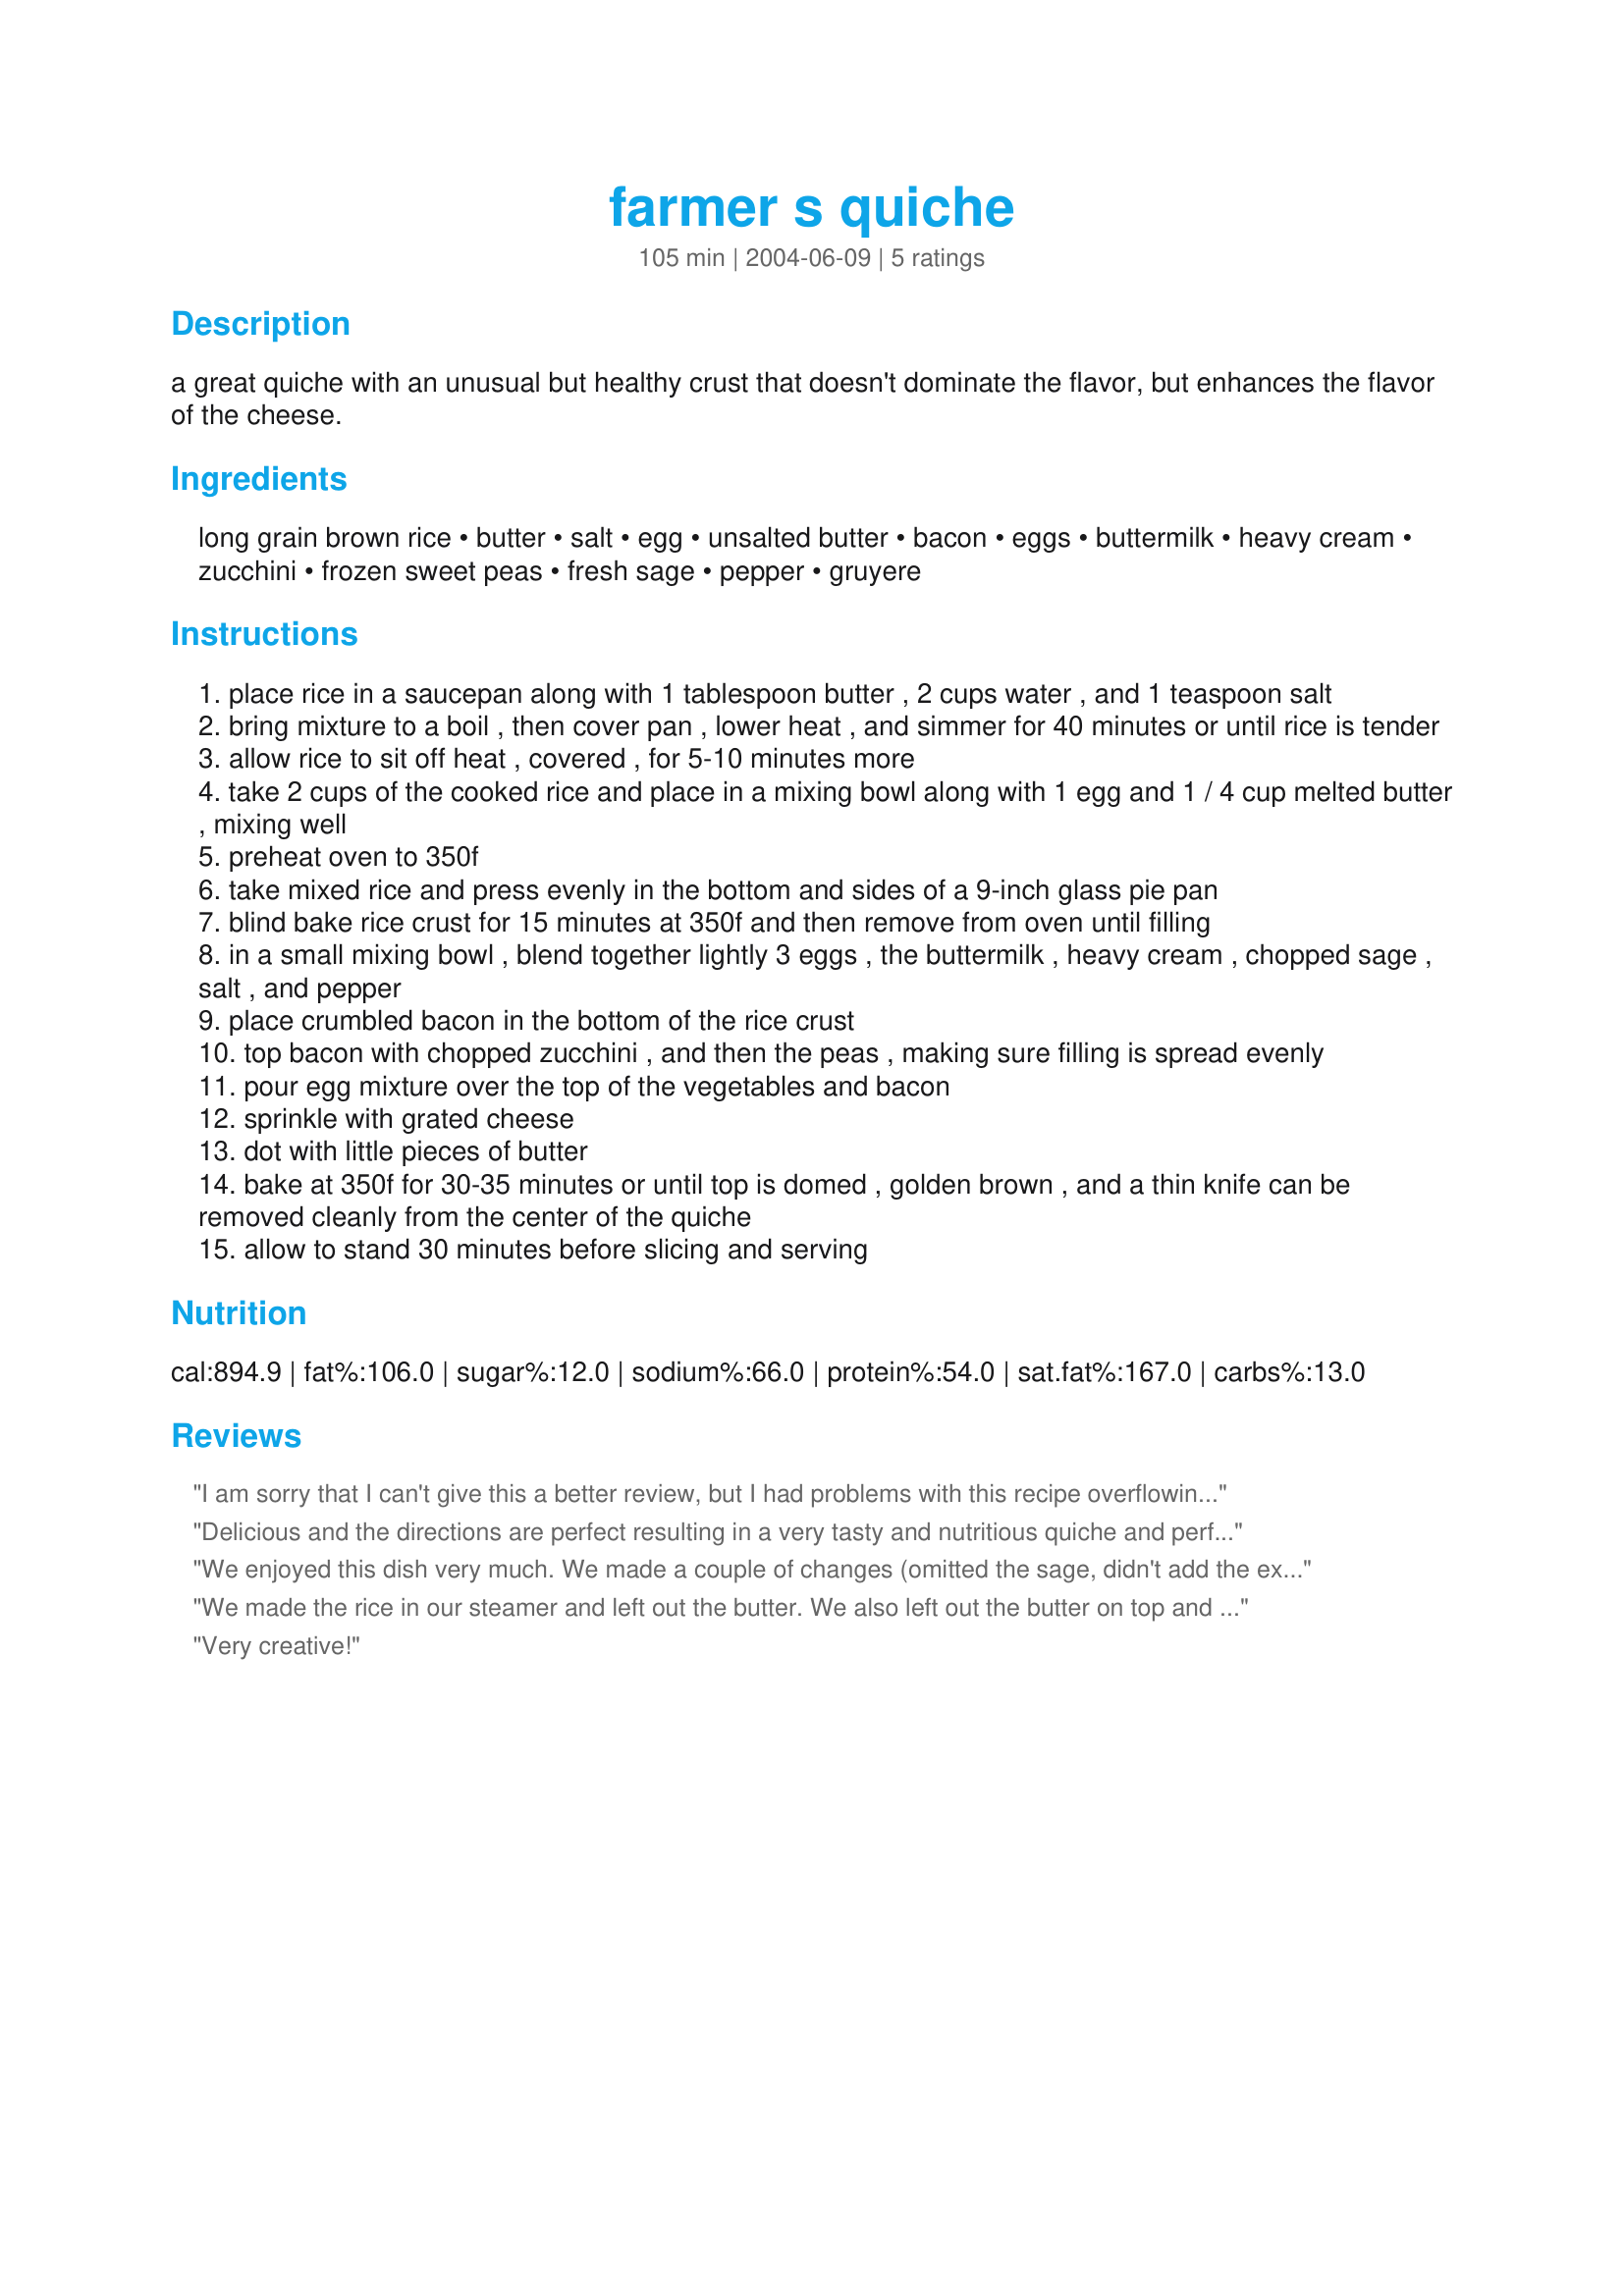
farmer s quiche
Preparation time: 105 minutes

a great quiche with an unusual but healthy crust that doesn't dominate the flavor, but enhances the flavor of the cheese.

Ingredients:
long grain brown rice, butter, salt, egg, unsalted butter, bacon, eggs, buttermilk, heavy cream, zucchini, frozen sweet peas, fresh sage, pepper, gruyere

Steps:
place rice in a saucepan along with 1 tablespoon butter , 2 cups water , and 1 teaspoon salt
bring mixture to a boil , then cover pan , lower heat , and simmer for 40 minutes or until rice is tender
allow rice to sit off heat , covered , for 5-10 minutes more
take 2 cups of the cooked rice and place in a mixing bowl along with 1 egg and 1 / 4 cup melted butter , mixing well
preheat oven to 350f
take mixed rice and press evenly in the bottom and sides of a 9-inch glass pie pan
blind bake rice crust for 15 minutes at 350f and then remove from oven until filling
in a small mixing bowl , blend together lightly 3 eggs , the buttermilk , heavy cream , chopped sage , salt , and pepper
place crumbled bacon in the bottom of the rice crust
top bacon with chopped zucchini , and then the peas , making sure filling is spread evenly
pour egg mixture over the top of the vegetables and bacon
sprinkle with grated cheese
dot with little pieces of butter
bake at 350f for 30-35 minutes or until top is domed , golden brown , and a thin knife can be removed cleanly from the center of the quiche
allow to stand 30 minutes before slicing and serving

Reviews:
I am sorry that I can't give this a better review, but I had problems with this recipe overflowing the pan while in the oven. My standard-type round glass pie pan measures 9 inches across from inside to inside (10 inches from outside to outside) and I measured everything carefully. It was quite full when I put it in the oven, so I put a cookie sheet under it, good thing I did or the bottom of my oven would have been a mess. Our initial impression of the flavour was that the sage totally overpowered everything else. In addition, the butter on top left little pools of grease on top of the cheese. On the positive side, the rice cooking instructions worked perfectly and the rice crust was nice. I think if I were to make this again, I would either reduce the amount of sage considerably or leave it out completely. I definitely would not use the butter on top of the cheese, and might reduce the amount of cheese as well.
Delicious and the directions are perfect resulting in a very tasty and nutritious quiche and perfect for a family supper. We had it with whole wheat bread and salad for a great weekday supper. The only change I made was using half egg beaters and 2 eggs and cooked it for about 50 minutes (because of my tempermental oven). I also only let it stand for about 5-10 minutes and it still sliced beautifully. Thanks for sharing this recipe!
We enjoyed this dish very much. We made a couple of changes (omitted the sage, didn't add the extra butter before placing the quiche in the oven, and used broccoli florets (chopped small) since we were out of zucchini). The quiche didn't overflow the pan. The flavors melded wonderfully and the rice crust was perfect. We will make this again!
We made the rice in our steamer and left out the butter. We also left out the butter on top and it still had a great flavor and wasn't too dry or anything. We had extra egg whites, so we substituted 2 egg whites for one of the eggs and subbed broccoli for the peas. So...we made quite a few modifications, but used this as our inspiration. I'd say definitely leave out the butter - it had great flavor without it!!
Very creative!
